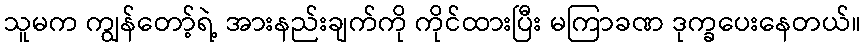
သူမက ကျွန်တော့်ရဲ့ အားနည်းချက်ကို ကိုင်ထားပြီး မကြာခဏ ဒုက္ခပေးနေတယ်။